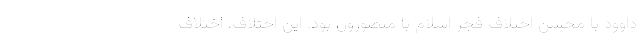
داوود با محسن اختلاف فجر اسلام با منصورون بود. این اختلاف، اختلاف